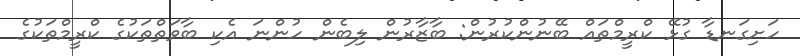
ހަށިގަނޑާ ގުޅޭ ކްރީމްތައް ބޭނުންކުރުން: ބާޒާރުން ލިބެން ހުންނަ އެކި ބާވަތްތަކުގެ ކްރީމްތަކުގެ